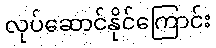
လုပ်ဆောင်နိုင်ကြောင်း